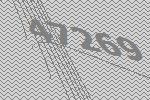
47269